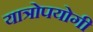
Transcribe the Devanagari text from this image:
यात्रोपयोगी